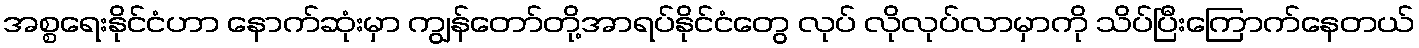
အစ္စရေးနိုင်ငံဟာ နောက်ဆုံးမှာ ကျွန်တော်တို့အာရပ်နိုင်ငံတွေ လုပ် လိုလုပ်လာမှာကို သိပ်ပြီးကြောက်နေတယ်